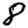
Digit: 8